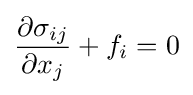
{\frac {\partial \sigma _{ij}}{\partial x_{j}}}+f_{i}=0